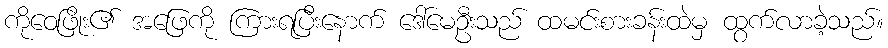
ကိုဝေဖြိုး၏ အဖြေကို ကြားရပြီးနောက် ဒေါ်မေဦးသည် ထမင်းစားခန်းထဲမှ ထွက်လာခဲ့သည်။